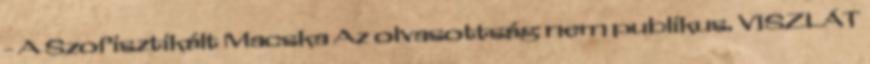
- A Szofisztikált Macska Az olvasottság nem publikus. VISZLÁT